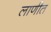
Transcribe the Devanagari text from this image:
लाणीत